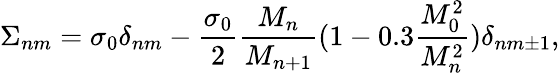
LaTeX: \Sigma_{nm}=\sigma_{0}\delta_{nm}-\frac{\sigma_{0}}{2}\frac{M_{n}}{M_{n+1}}(1-0.3\frac{M_{0}^{2}}{M_{n}^{2}})\delta_{nm\pm 1},